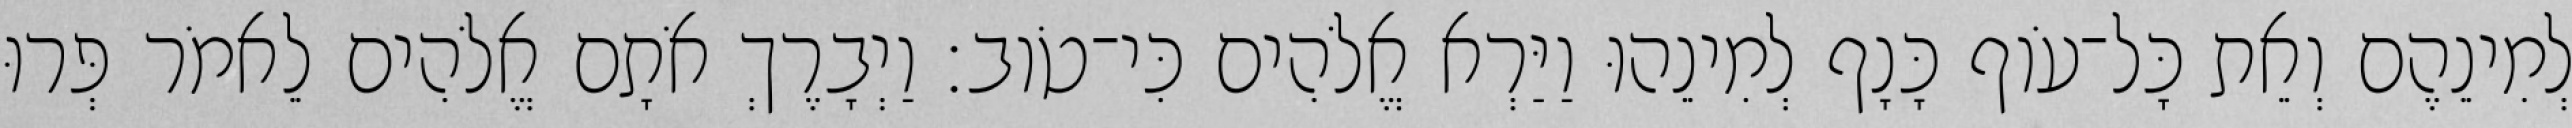
לְמִינֵהֶם וְאֵת כָּל־עֹוף כָּנָף לְמִינֵהוּ וַיַּרְא אֱלֹהִים כִּי־טֹוב׃ וַיְבָרֶךְ אֹתָם אֱלֹהִים לֵאמֹר פְּרוּ